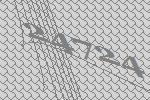
24724